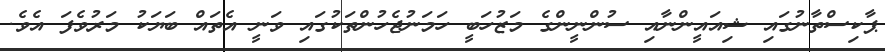
ޕާކިސްތާނުގައި ޝިއައީންނާއި ސުންނީންގެ މަޒުހަބީ ހަމަނުޖެހުންތަކުގައި ވަނީ އެތައް ބަޔަކު މަރުވެފަ އެވެ.